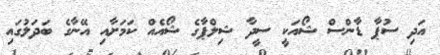
އަދި ސުޕާ ޑާންސް ޝޯއަކީ ސީދާ ޝިލްޕާގެ ޝޯއެއް ކަމަށާއި އޭނާގެ ބަދަލުގައި